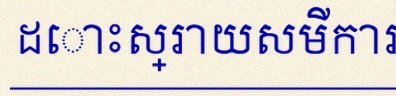
ដោះស្រាយសមីការខាងក្រោម